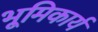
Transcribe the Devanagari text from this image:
भूमिकार्य